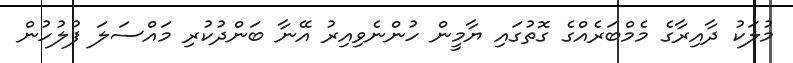
މުލަކު ދާއިރާގެ މެމްބަރެއްގެ ގޮތުގައި ޔާމީން ހުންނެވިއިރު އޭނާ ބަންދުކުރި މައްސަލަ ފުލުހުން